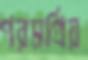
পরমপ্রিয়